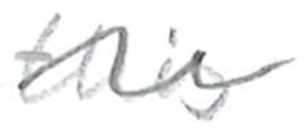
Text: this
Cross-out: wave
Writing tool: pencil